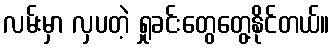
လမ်းမှာ လှပတဲ့ ရှုခင်းတွေတွေ့နိုင်တယ်။